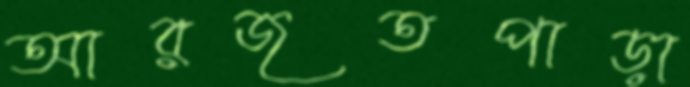
আরজতপাড়া